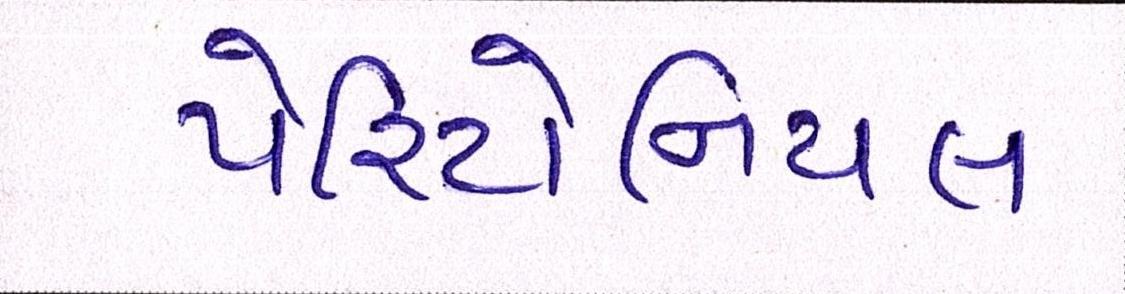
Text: પેરિટોનિયલ